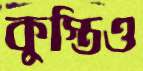
কুস্তিও